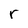
Character: r